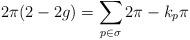
LaTeX: \begin{align*}2\pi(2 - 2g) = \sum_{p \in \sigma} 2\pi - k_p\pi\end{align*}